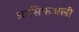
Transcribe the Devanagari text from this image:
आसिफअली